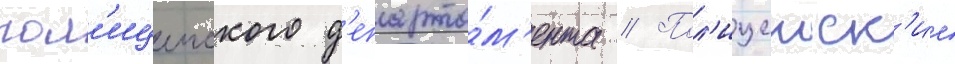
пол'ицеиского д'епарта́м'ента // Пол'ицеиск'ие